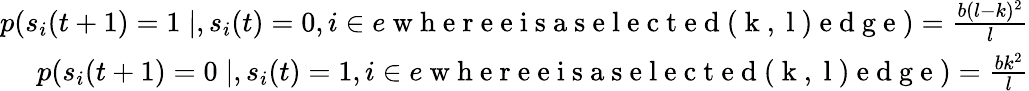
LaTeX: \begin{array}{r}{p(s_{i}(t+1)=1\mid,s_{i}(t)=0,i\in e\mathrm{~w~h~e~r~e~e~i~s~a~s~e~l~e~c~t~e~d~(~k~,~l~)~e~d~g~e~})=\frac{b(l-k)^{2}}{l}}\\ {p(s_{i}(t+1)=0\mid,s_{i}(t)=1,i\in e\mathrm{~w~h~e~r~e~e~i~s~a~s~e~l~e~c~t~e~d~(~k~,~l~)~e~d~g~e~})=\frac{bk^{2}}{l}}\end{array}